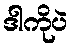
ဒါကိုပဲ